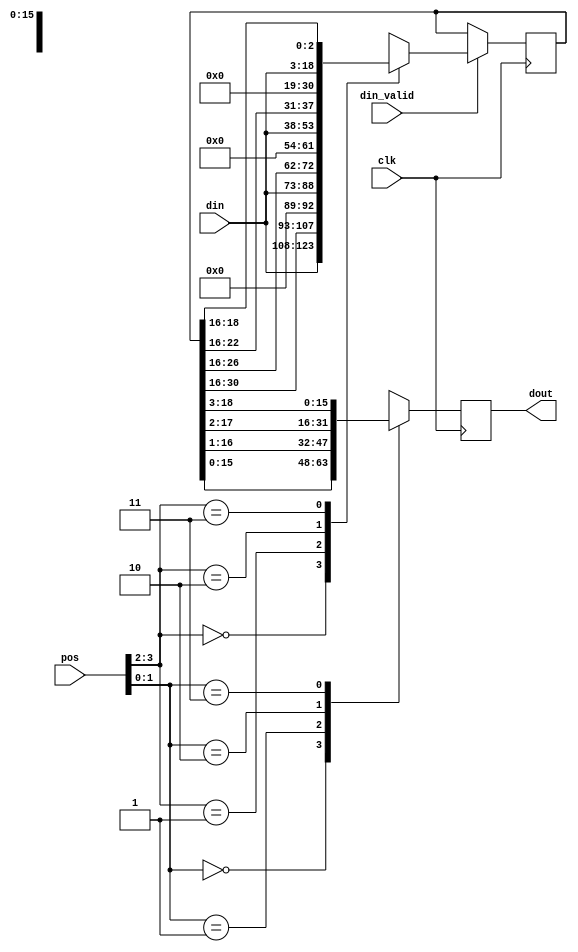
// (C) 2001-2016 Altera Corporation. All rights reserved.
// Your use of Altera Corporation's design tools, logic functions and other 
// software and tools, and its AMPP partner logic functions, and any output 
// files any of the foregoing (including device programming or simulation 
// files), and any associated documentation or information are expressly subject 
// to the terms and conditions of the Altera Program License Subscription 
// Agreement, Altera MegaCore Function License Agreement, or other applicable 
// license agreement, including, without limitation, that your use is for the 
// sole purpose of programming logic devices manufactured by Altera and sold by 
// Altera or its authorized distributors.  Please refer to the applicable 
// agreement for further details.


// $Id: $
// $Revision: $
// $Date: $
// $Author: $
//-----------------------------------------------------------------------------

// Copyright 2012 Altera Corporation. All rights reserved.  
// Altera products are protected under numerous U.S. and foreign patents, 
// maskwork rights, copyrights and other intellectual property laws.  
//
// This reference design file, and your use thereof, is subject to and governed
// by the terms and conditions of the applicable Altera Reference Design 
// License Agreement (either as signed by you or found at www.altera.com).  By
// using this reference design file, you indicate your acceptance of such terms
// and conditions between you and Altera Corporation.  In the event that you do
// not agree with such terms and conditions, you may not use the reference 
// design file and please promptly destroy any copies you have made.
//
// This reference design file is being provided on an "as-is" basis and as an 
// accommodation and therefore all warranties, representations or guarantees of 
// any kind (whether express, implied or statutory) including, without 
// limitation, warranties of merchantability, non-infringement, or fitness for
// a particular purpose, are specifically disclaimed.  By making this reference
// design file available, Altera expressly does not recommend, suggest or 
// require that this reference design file be used in combination with any 
// other product not provided by Altera.
/////////////////////////////////////////////////////////////////////////////

`timescale 1 ps / 1 ps
module align_16 (
	input clk,
	input [3:0] pos,
	input din_valid,
	input [15:0] din,	// lsbit first
	output reg [15:0] dout  // lsbit first
);

initial dout = 0;
reg [16+15-1:0] mid = 0;

always @(posedge clk) begin
	if (din_valid) begin
		case (pos[3:2]) 
			2'b00 : mid <= {din,mid[30:16]};
			2'b01 : mid <= {4'b0,din,mid[26:16]};
			2'b10 : mid <= {8'h0,din,mid[22:16]};
			2'b11 : mid <= {12'h0,din,mid[18:16]};
		endcase		
	end
end

always @(posedge clk) begin
	case (pos[1:0]) 
		2'b00 : dout <= mid[15:0];
		2'b01 : dout <= mid[16:1];
		2'b10 : dout <= mid[17:2];
		2'b11 : dout <= mid[18:3];
	endcase		
end

endmodule
// BENCHMARK INFO :  5SGXEA7N2F45C2
// BENCHMARK INFO :  Max depth :  1.0 LUTs
// BENCHMARK INFO :  Total registers : 47
// BENCHMARK INFO :  Total pins : 38
// BENCHMARK INFO :  Total virtual pins : 0
// BENCHMARK INFO :  Total block memory bits : 0
// BENCHMARK INFO :  Comb ALUTs :                         ; 46              ;       ;
// BENCHMARK INFO :  ALMs : 26 / 234,720 ( < 1 % )
// BENCHMARK INFO :  Worst setup path @ 468.75MHz : 1.103 ns, From mid[3], To dout[1]~reg0}
// BENCHMARK INFO :  Worst setup path @ 468.75MHz : 1.044 ns, From mid[7], To dout[5]~reg0}
// BENCHMARK INFO :  Worst setup path @ 468.75MHz : 1.138 ns, From mid[5], To dout[3]~reg0}